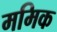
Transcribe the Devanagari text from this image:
ममिक